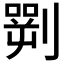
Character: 𠟎